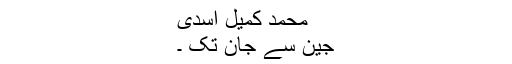
محمد کمیل اسدی
جین سے جان تک ۔